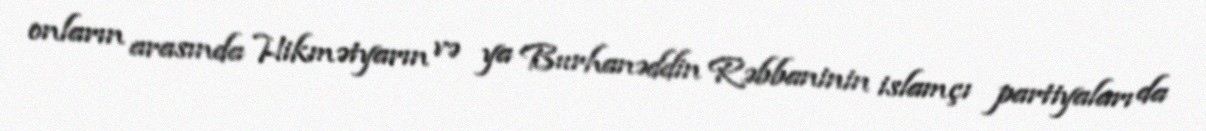
onların arasında Hikmətyarın və ya Burhanəddin Rəbbaninin islamçı partiyaları da